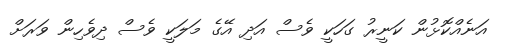
އަނެއްކޮޅުން ކަނީރު ގަހަކީ ވެސް އަދި އޭގެ މަލަކީ ވެސް ދިވެހިން ވަރަށް